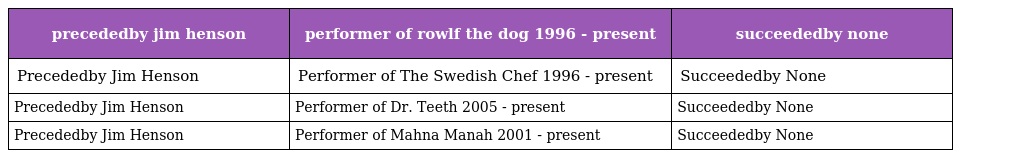
| precededby jim henson | performer of rowlf the dog 1996 - present | succeededby none |
 | --- | --- | --- |
 | Precededby Jim Henson | Performer of The Swedish Chef 1996 - present | Succeededby None |
 | Precededby Jim Henson | Performer of Dr. Teeth 2005 - present | Succeededby None |
 | Precededby Jim Henson | Performer of Mahna Manah 2001 - present | Succeededby None |